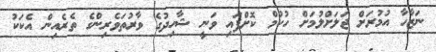
ނަޒާހާ އުމުރަށް ޖަލަށްލުމަށް ހުކުމް ކޮށްފައި ވަނީ ޝާހިދުގެ ވާރުތަވެރިންގެ ތެރެއިން އެކަކު